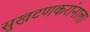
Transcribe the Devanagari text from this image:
सुखटणकरांनाला